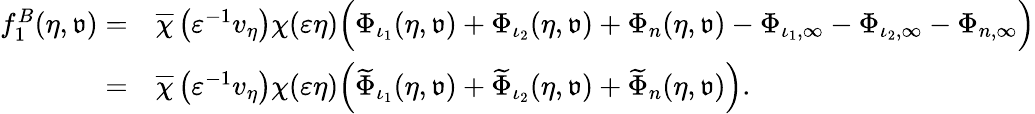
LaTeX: \begin{array}{rl}{f_{1}^{B}(\eta,{\mathfrak{v}})=}&{\overline{{\chi}}\left(\varepsilon^{-1}v_{\eta}\right)\chi(\varepsilon\eta)\Big(\Phi_{\iota_{1}}(\eta,{\mathfrak{v}})+\Phi_{\iota_{2}}(\eta,{\mathfrak{v}})+\Phi_{n}(\eta,{\mathfrak{v}})-\Phi_{\iota_{1},\infty}-\Phi_{\iota_{2},\infty}-\Phi_{n,\infty}\Big)}\\ {=}&{\overline{{\chi}}\left(\varepsilon^{-1}v_{\eta}\right)\chi(\varepsilon\eta)\Big(\widetilde{\Phi}_{\iota_{1}}(\eta,{\mathfrak{v}})+\widetilde{\Phi}_{\iota_{2}}(\eta,{\mathfrak{v}})+\widetilde{\Phi}_{n}(\eta,{\mathfrak{v}})\Big).}\end{array}